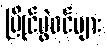
ပြိုင်ပွဲဝင်များ